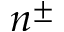
n ^ { \pm }